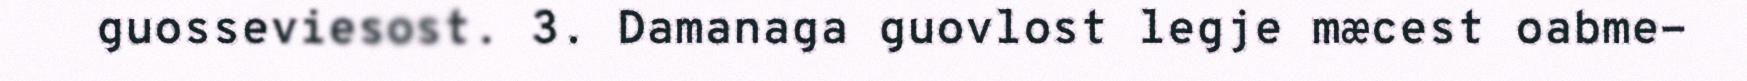
guosseviesost. 3. Damanaga guovlost legje mæcest oabme-